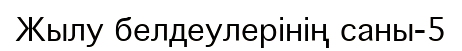
Жылу белдеулерінің саны-5